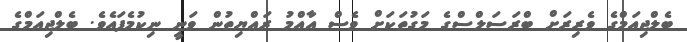
ބެލްޖިއަމްގެ ވެރިރަށް ބްރަސަލްސްގެ މަގުތަކަށް ވެސް އާއްމު ރައްޔިތުން ވަނީ ނިކުމެފައެވެ. ބެލްޖިއަމްގެ